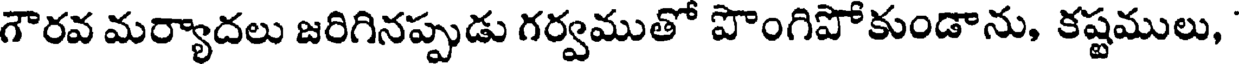
గౌరవ మర్యాదలు జరిగినప్పుడు గర్వముతో పొంగిపోకుండాను, కష్టములు,